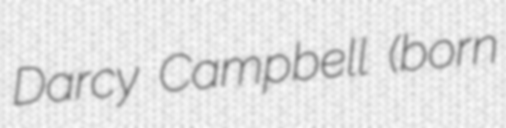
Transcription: Darcy Campbell (born